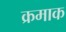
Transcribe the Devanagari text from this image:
क्रमाक